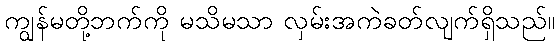
ကျွန်မတို့ဘက်ကို မသိမသာ လှမ်းအကဲခတ်လျက်ရှိသည်။